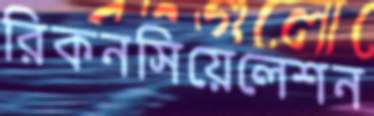
রিকনসিয়েলেশন